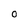
Character: O